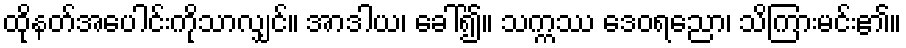
ထိုနတ်အပေါင်းကိုသာလျှင်။ အာဒါယ၊ ခေါ်၍။ သက္ကဿ ဒေဝရညော၊ သိကြားမင်း၏။